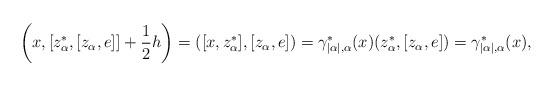
LaTeX: \begin{align*}\bigg(x,[z_\alpha^*,[z_\alpha,e]]+\frac{1}{2}h\bigg)=([x,z_\alpha^*],[z_\alpha,e])=\gamma^*_{|\alpha|,\alpha}(x)(z_\alpha^*,[z_\alpha,e])=\gamma^*_{|\alpha|,\alpha}(x),\end{align*}